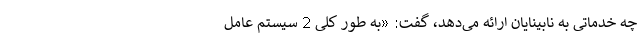
چه خدماتی به نابینایان ارائه می‌دهد، گفت: «به طور کلی 2 سیستم عامل